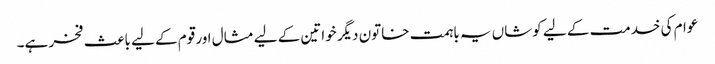
عوام کی خدمت کے لیے کوشاں یہ باہمت خاتون دیگر خواتین کے لیے مثال اور قوم کے لیے باعث فخر ہے۔